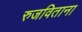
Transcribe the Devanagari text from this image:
रुजविताना